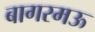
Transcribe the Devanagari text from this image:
बागरमऊ